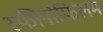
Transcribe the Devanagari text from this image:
स्फीनोफिलम